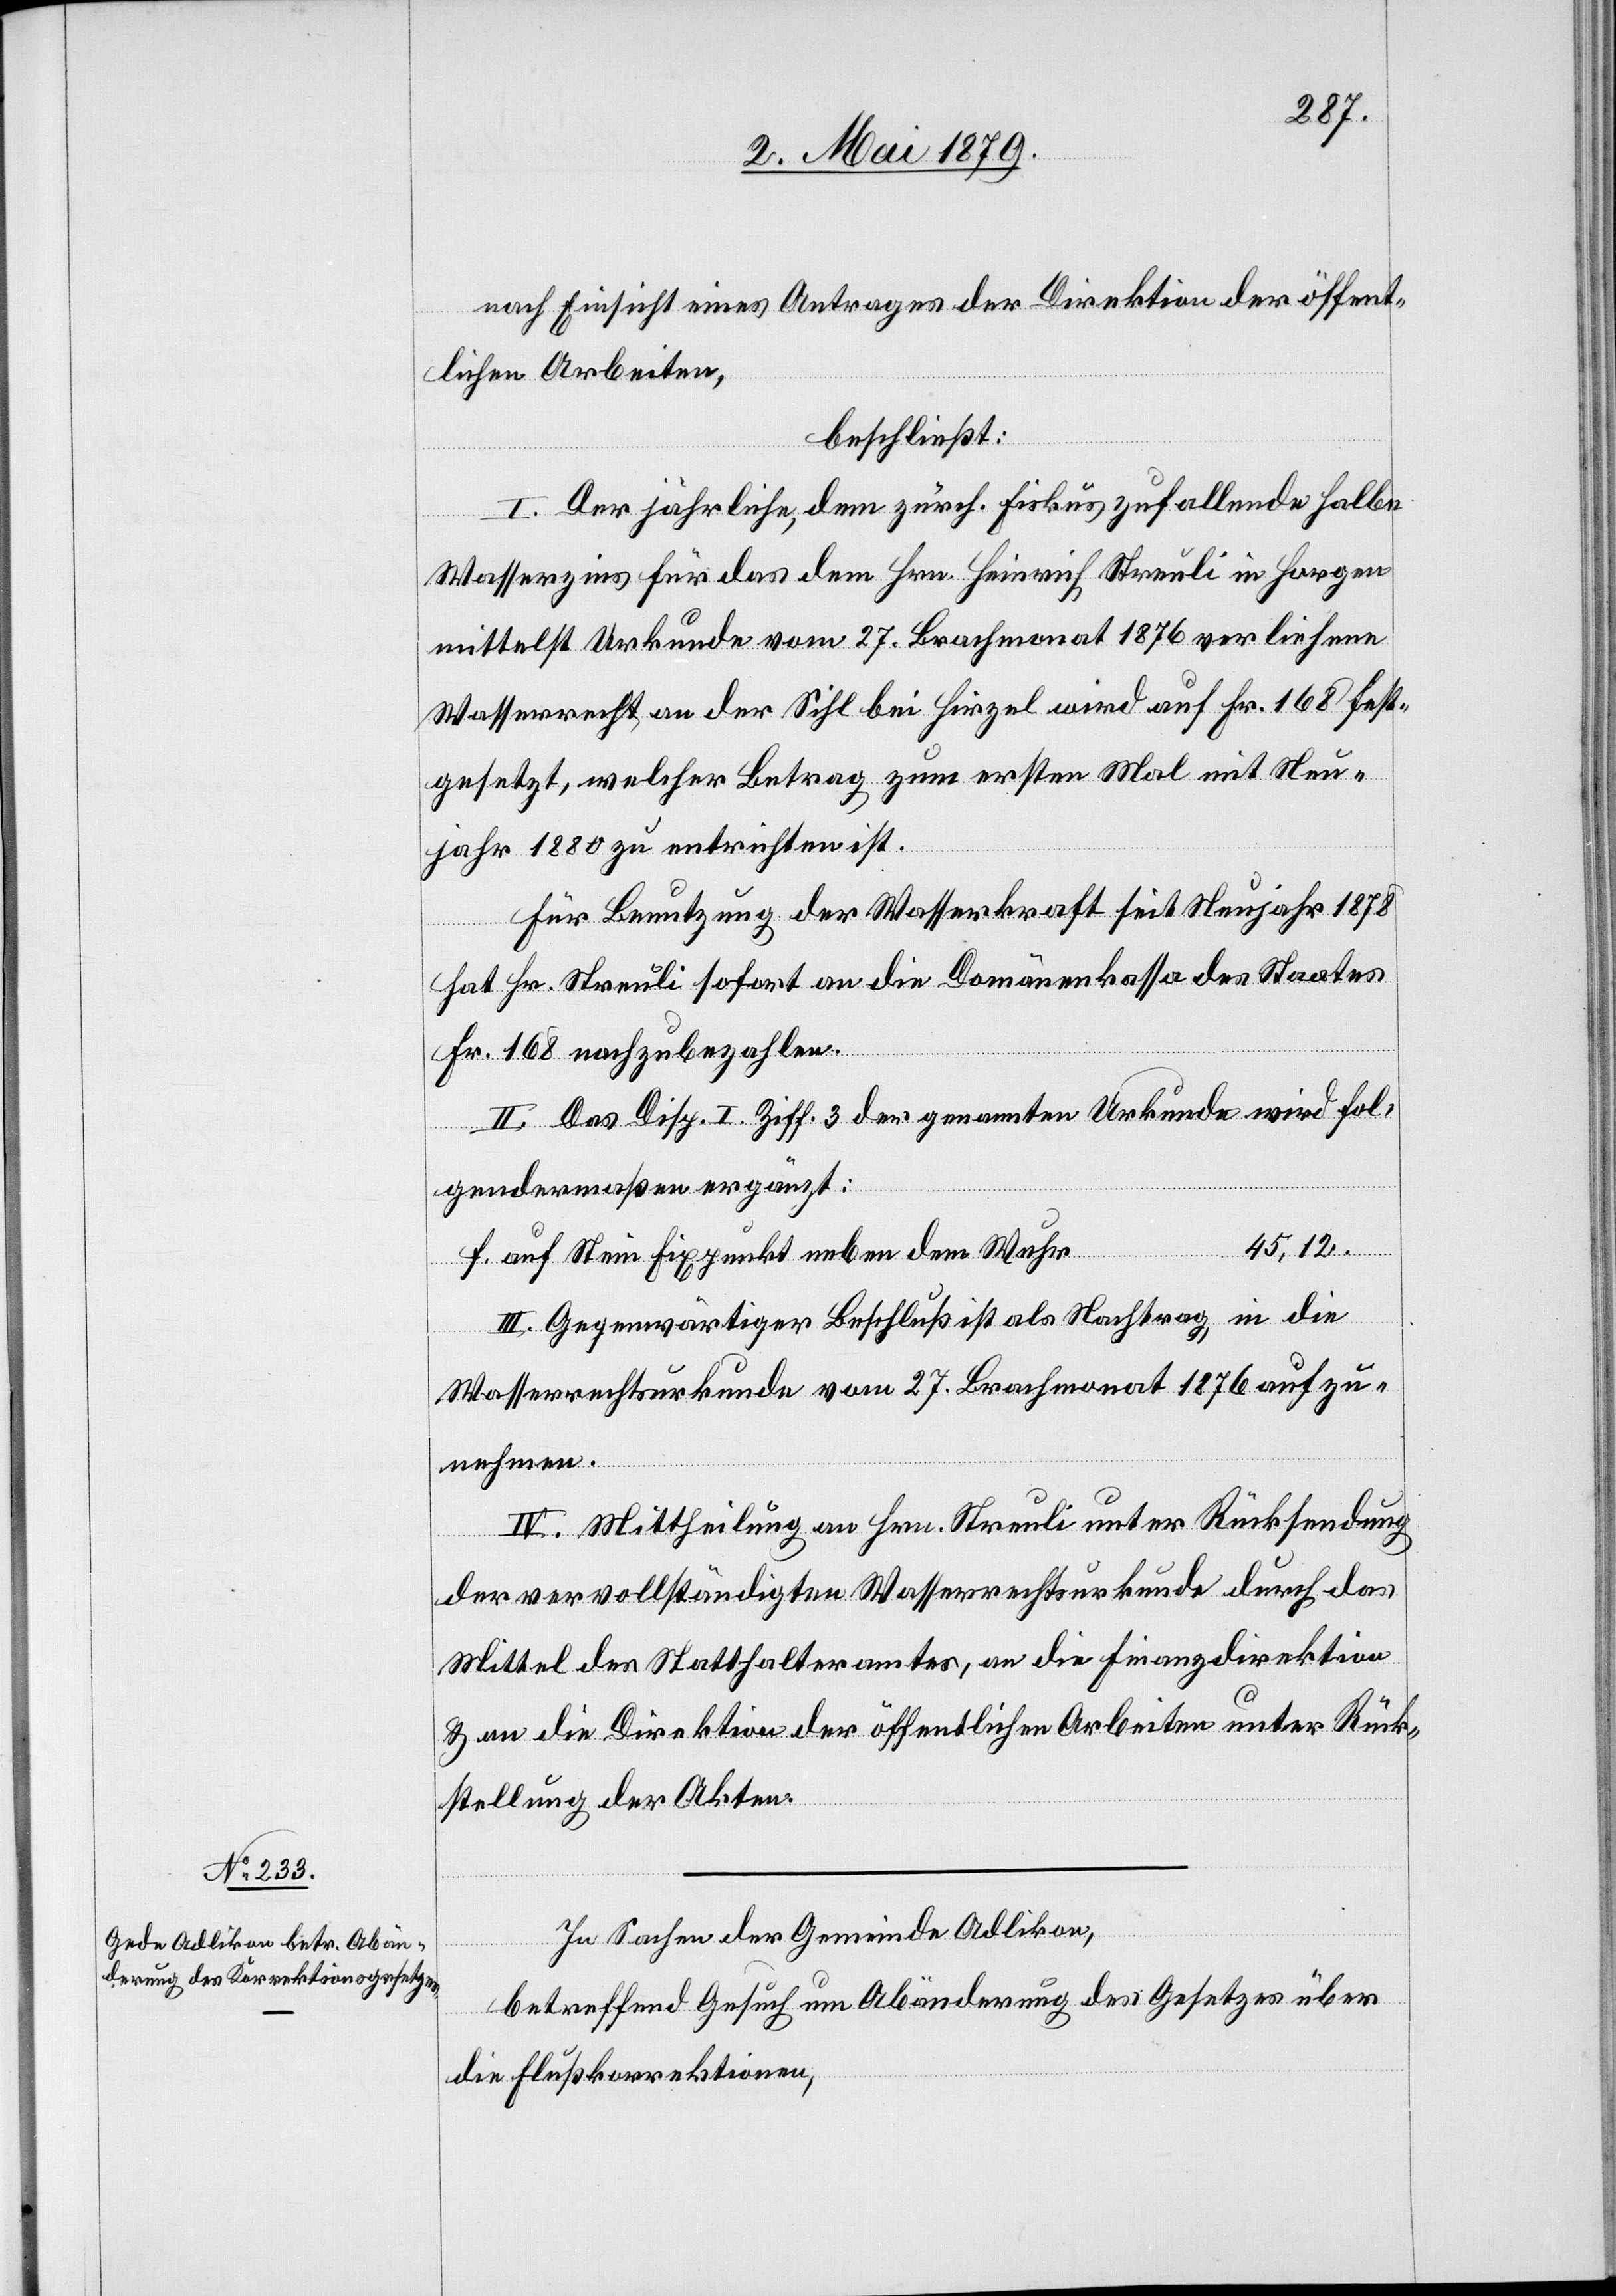
nach Einsicht eines Antrages der Direktion der öffent¬
lichen Arbeiten,
beschließt:
I. Der jährliche, dem zürch. Fiskus zufallende halbe
Wasserzins für das dem Hrn. Heinrich Streuli in Horgen
mittelst Urkunde vom 27. Brachmonat 1876 verliehene
Wasserrecht an der Sihl bei Hirzel wird auf Fr. 168 fest¬
gesetzt, welcher Betrag zum ersten Mal mit Neu¬
jahr 1880 zu entrichten ist.
Für Benutzung der Wasserkraft seit Neujahr 1878
hat Hr. Streuli sofort an die Domänenkassa des Staates
Fr. 168 nachzubezahlen.
II. Das Disp. I. Ziff. 3 der genannten Urkunde wird fol¬
gendermaßen ergänzt:
45,12.
f. auf Stein Fixpunkt neben dem Wuhr
III. Gegenwärtiger Beschluß ist als Nachtrag in die
Wasserrechtsurkunde vom 27. Brachmonat 1876 aufzu¬
nehmen.
IV. Mittheilung an Hrn. Streuli unter Rücksendung
der vervollständigten Wasserrechtsurkunde durch das
Mittel des Statthalteramtes, an die Finanzdirektion
& an die Direktion der öffentlichen Arbeiten unter Rück¬
stellung der Akten.
In Sachen der Gemeinde Adlikon,
betreffend Gesuch um Abänderung des Gesetzes über
die Flußkorrektionen,